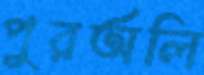
পুরঅলি